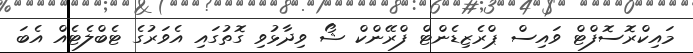
މައިކްރޮސޮފްޓް ވައިސް ޕްރެޒިޑެންޓް ފްރޭންކް ޝޯ ވިދާޅުވި ގޮތުގައި އެވަރުގެ ޓެބްލެޓެއް އެބަ